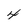
Character: 4